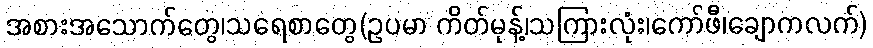
အစားအသောက်တွေ၊သရေစာတွေ(ဥပမာ ကိတ်မုန့်၊သကြားလုံး၊ကော်ဖီ၊ချောကလက်)